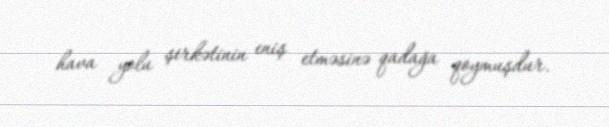
hava yolu şirkətinin eniş etməsinə qadağa qoymuşdur.